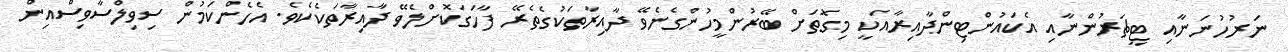
ނަރުހުނަނާއި ޓީޗަރުންނާއި އެކައުންޓިންދާއިރާއަކީ މިގޮތަށް ބޭރުންމީހުންގެނެވޭ ދާއިރާތަކުގެތެރޭ ފާހަގަކޮށްލެވޭ ދާއިރާތަކެކެވެ. އެހެންކަމުން ސިވިލްސާވިސްއިން